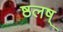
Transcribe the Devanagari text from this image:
ष्ठलष्